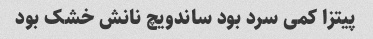
پیتزا کمی سرد بود ساندویچ نانش خشک بود